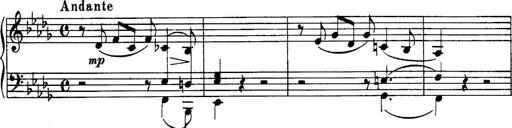
Title: 3 Sonatinas, Op.67
Composer: Jean Sibelius